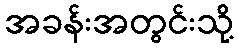
အခန်းအတွင်းသို့